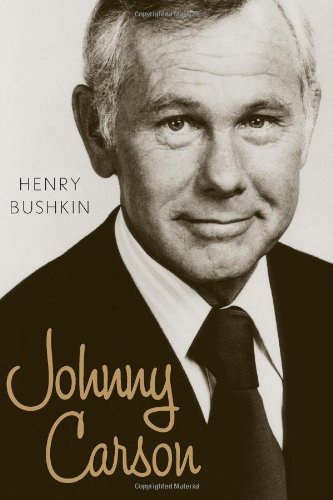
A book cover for Johnny Carson; Henry Bushkin; Humor & Entertainment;